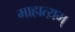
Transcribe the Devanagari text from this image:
माहात्य़म्